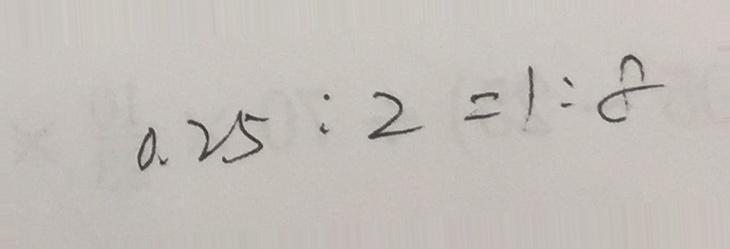
0 . 2 5 : 2 = 1 : 8